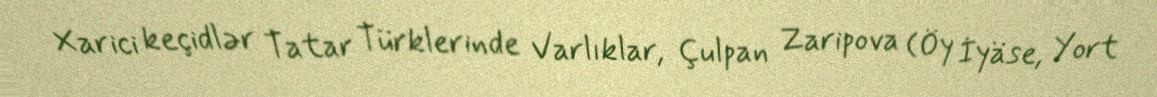
Xarici keçidlər Tatar Türklerinde Varlıklar, Çulpan Zaripova (Öy İyäse, Yort